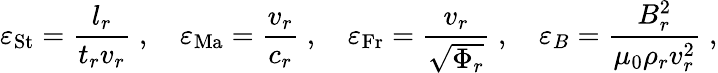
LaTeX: {\varepsilon}_{\mathrm{St}}=\frac{l_{r}}{t_{r}v_{r}}\; ,\quad{\varepsilon}_{\mathrm{Ma}}=\frac{v_{r}}{c_{r}}\; ,\quad{\varepsilon}_{\mathrm{Fr}}=\frac{v_{r}}{\sqrt{\Phi_{r}}}\; ,\quad{\varepsilon}_{B}=\frac{B_{r}^{2}}{\mu_{0}\rho_{r}v_{r}^{2}}\; ,